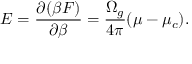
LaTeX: E = { \frac { \partial ( \beta F ) } { \partial \beta } } = { \frac { \Omega _ { g } } { 4 \pi } } ( \mu - \mu _ { c } ) .